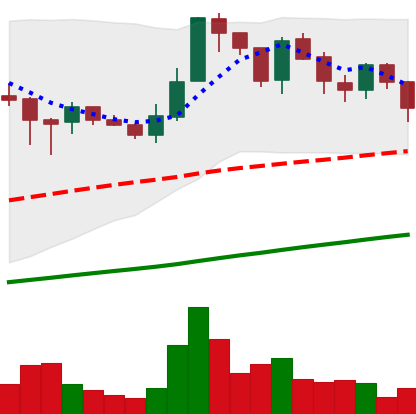
Ticker: LTC-USD
Chart end date: 2017-07-14
Forward return: -4.529%
Label: down_3_5